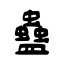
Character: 蠱